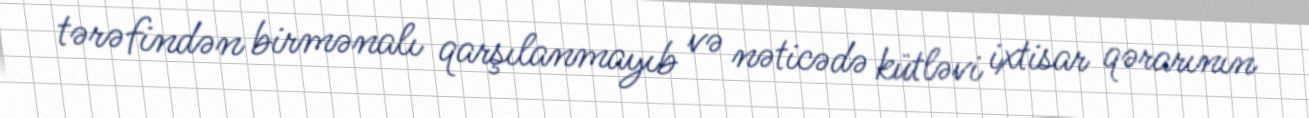
tərəfindən birmənalı qarşılanmayıb və nəticədə kütləvi ixtisar qərarının